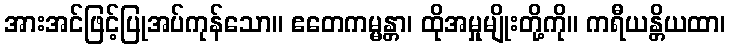
အားအင်ဖြင့်ပြုအပ်ကုန်သော။ ဧတေကမ္မန္တာ၊ ထိုအမှုမျိုးတို့ကို။ ကရီယန္တိယထာ၊